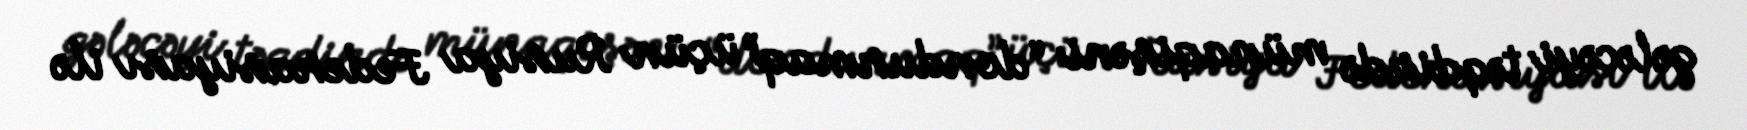
gələcəyi təqdirdə münaqişəni “dondurmaq” üçün Rusiya Federasiyası ilə